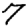
Digit: 7